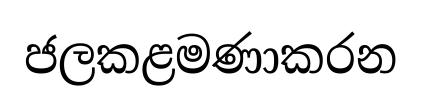
ජලකළමණාකරන